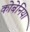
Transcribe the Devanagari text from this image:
कोबेनिया